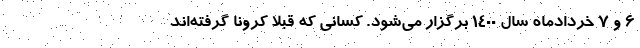
۶ و ۷ خردادماه سال ۱۴۰۰ برگزار می‌شود. کسانی که قبلاً کرونا گرفته‌اند